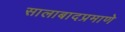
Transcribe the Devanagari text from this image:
सालाबादप्रमाणे